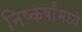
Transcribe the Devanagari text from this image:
निष्कर्षांमध्ये